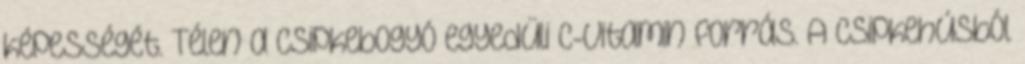
képességét. Télen a csipkebogyó egyedüli C-vitamin forrás. A csipkehúsból